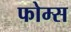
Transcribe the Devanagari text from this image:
फोम्स